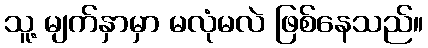
သူ့ မျက်နှာမှာ မလုံမလဲ ဖြစ်နေသည်။